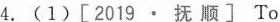
4. (1)[ 2019 · 抚 顺 ] To